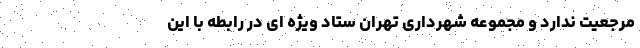
مرجعیت ندارد و مجموعه شهرداری تهران ستاد ویژه ای در رابطه با این